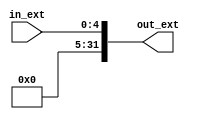
//5
//inputin_ext(5)
//output:out_ext(32)

module EXT5(
    input [4:0] in_ext,
    output [31:0] out_ext
);
    parameter WIDTH=27;
    assign out_ext={{(WIDTH){1'b0}},in_ext};
endmodule